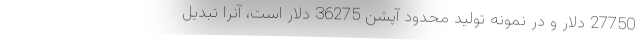
27750 دلار و در نمونه تولید محدود آپشن 36275 دلار است، آنرا تبدیل